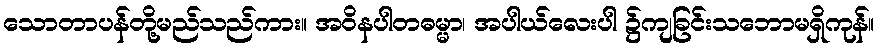
သောတာပန်တို့မည်သည်ကား။ အဝိနပါတဓမ္မာ၊ အပါယ်လေးပါ ၌ကျခြင်းသဘောမရှိကုန်။